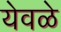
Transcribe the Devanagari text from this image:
येवळे